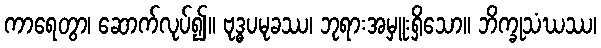
ကာရေတွာ၊ ဆောက်လုပ်၍။ ဗုဒ္ဓပမုခဿ၊ ဘုရားအမှူးရှိသော။ ဘိက္ခုသံဃဿ၊